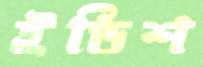
ইডিশ